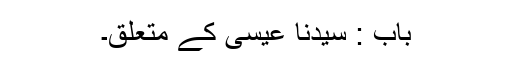
باب : سیدنا عیسیٰؑ کے متعلق۔